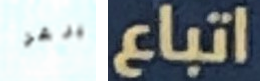
بيرغر اتباع